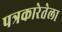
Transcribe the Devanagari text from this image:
पत्रकारेतेला